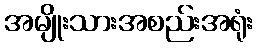
အမျိုးသားအစည်းအရုံး